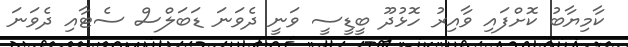
ކާމިޔާބު ކޮށްފައި ވާއިރު ހޮޅުދޫ ބީޑީސީ ވަނީ ދެވަނަ ޑަބަލްސް ސެޓާއި ދެވަނަ